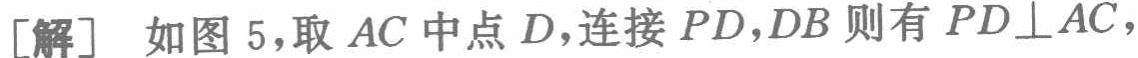
[解] 如图 5，取 \(AC\) 中点 \(D\)，连接 \(PD,DB\) 则有 \(PD\perp AC\)，